Leaving Certificate Examination, 1905
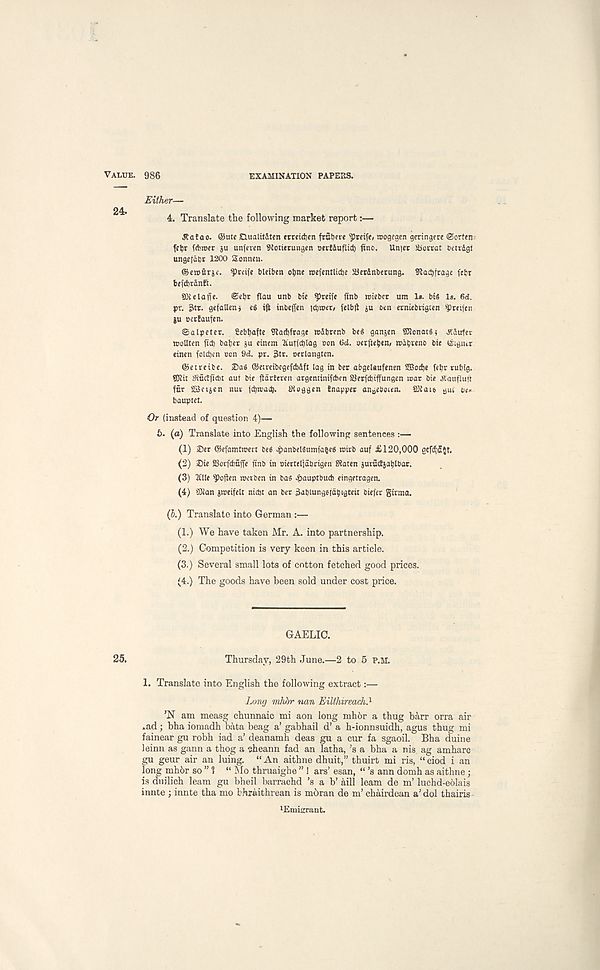
Value. 986
EXAMINATION PAPERS.
Either—
4. Translate tlie following market report:—
Jtalao. ©ute DuatitSten erreidjen fratjere Recife, wogegen geringere ©orten
icljc fdnoer ju unfeven 9toti(rungen oeilduflid) find. Uniec
betedgi
ungcidbr 1200 Sonncn.
©eroftrji’. ^reife bltiben otne roefentlidie 25erdnberung. Slacbirage feijr
be[d)tdnft.
fflielaffe. ©ebr flau unb bie ^reife flnb reieber um 1*. bis Is. 6d.
pr. Jtr. gcfaUenj eS if: inbeifen idjioer, felbft ju den erniebiigcen fPrci(cii
ju oerfaufen.
©alpeter. Sebbafte 9lad)frage rodbnnb bcS ganjen SJlonatSi JIdufer
ttjollten fid) bafet ju einem ' Auiidjlag non 6d. uerfuben, wdbrenb bie ©igiur
einen foldjen con 9<I. pr. 3tr. oerlangten.
©etreibe. ®aS ©etreibegefdidft lag in ber abgelaufenen 2Bod)e febr rubig.
SJiit 3iucifid)t auf bie fidrfeven argeminif*en 23erfd)iffungen »oac bie dtaufluft
far SBcijen nun jdjtbad). Otoggen tnappec angeboien. 2J£at6 gut bo
bauptet.
Or (instead of question 4)—
6. (a) Translate into English the following sentences :—
(1) ®er ©efamtroert beS jpanbelSumfabeS roirb auf £120,000 gefc{)5{t.
(2) ®ie 23orfcba(Te finb in oierteljabrigen SRaten juvuctiablbar.
(3) Me Soften roeiben in bas pauptbud) eingetragen.
(4) Sian jroeifelt nid)t an ber 3abiungsfdt)igteu biefer ginna.
(5.) Translate into German :—
(1.) We have taken Mr. A. into partnership.
(2.) Competition is very keen in this article.
(3.) Several small lots of cotton fetched good prices.
(4.) The goods have been sold under cost price.
GAELIC.
25.
Thursday, 29th June.—2 to 5 P.M.
1. Translate into English the following extract
Long mhbr nan Eilthireach. 1
’N am measg chunnaic mi aon long mhbr a thug barr orra air
.ad; bha iomadh bata beag a’ gabhail d’ a h-ionnsuidh, agus thug mi
fainear gu robh iad a’ deanamh deas gu a cur fa sgaoil. Bha duine
leinn as gann a thog a cheann fad an latha, ’s a bha a nis. ag amharc
gu geur air an luing. “ An aithne dhuit,” thuirt mi ris, “ ciod i an
long mhbr so ” ? “ Mo thruaighe ” ! ars’ esan, “’s ann domh as aithne ;
is duilich leam gu bheil barrachd ’s a b’ aill learn de m’ luchd-eblais
innte ; innte tha mo bhraithrean is mbran de m’ chairdean a' dol thairis
l Enii<rrant.